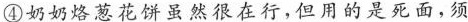
④奶奶烙葱花饼虽然很在行，但用的是死面，须